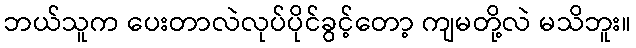
ဘယ်သူက ပေးတာလဲလုပ်ပိုင်ခွင့်တော့ ကျမတို့လဲ မသိဘူး။